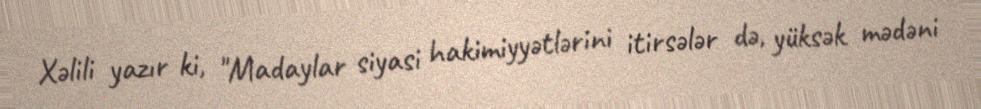
Xəlili yazır ki, "Madaylar siyasi hakimiyyətlərini itirsələr də, yüksək mədəni